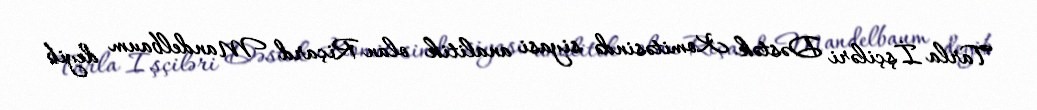
Tarla İşçiləri Dəstək Komitəsində siyasi analitik olan Riçard Mandelbaum deyib